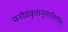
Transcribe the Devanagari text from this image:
मनोववृत्तानुसारिणीम्